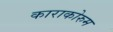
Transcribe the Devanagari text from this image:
काराकोरुम